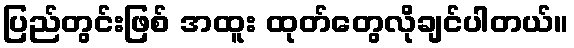
ပြည်တွင်းဖြစ် အထူး ထုတ်တွေလိုချင်ပါတယ်။